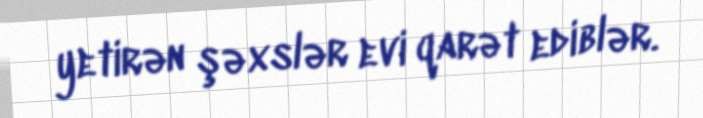
yetirən şəxslər evi qarət ediblər.